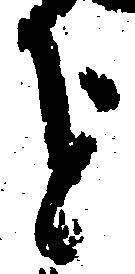
を